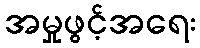
အမှုဖွင့်အရေး